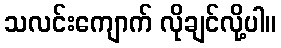
သလင်းကျောက် လိုချင်လို့ပါ။